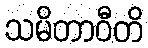
သမိတာဝီတိ